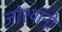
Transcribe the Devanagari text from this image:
जोश्यांनी